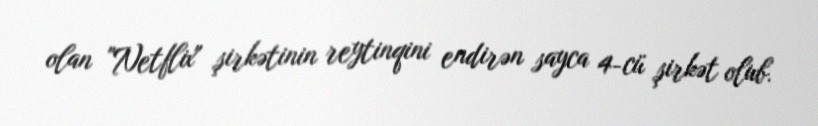
olan "Netflix" şirkətinin reytinqini endirən sayca 4-cü şirkət olub.